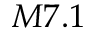
M 7 . 1